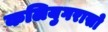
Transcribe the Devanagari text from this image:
कलियुगरासो